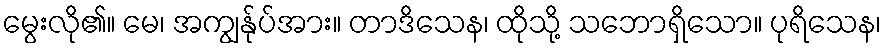
မွေးလို၏။ မေ၊ အကျွန်ုပ်အား။ တာဒိသေန၊ ထိုသို့ သဘောရှိသော။ ပုရိသေန၊